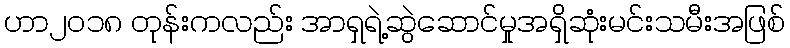
ဟာ၂၀၁၈ တုန်းကလည်း အာရှရဲ့ဆွဲဆောင်မှုအရှိဆုံးမင်းသမီးအဖြစ်